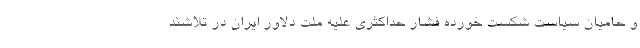
و حامیان سیاست شکست خورده فشار حداکثری علیه ملت دلاور ایران در تلاشند